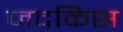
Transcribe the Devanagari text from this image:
जदकिस